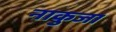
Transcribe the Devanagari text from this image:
नाकुजा